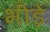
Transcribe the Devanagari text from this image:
भीड़े